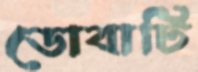
ডোবাটি